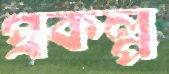
প্রকল্প